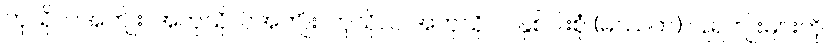
ကုသိုလ်အကျိုး၊ အကုသိုလ်အကျိုး၊ ကုသိုလ် အကုသိုလ် နှစ်ပါးစုံ (မိဿက) ပြုရကျိုးများကို